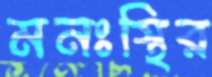
মনঃস্থির